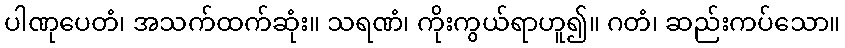
ပါဏုပေတံ၊ အသက်ထက်ဆုံး။ သရဏံ၊ ကိုးကွယ်ရာဟူ၍။ ဂတံ၊ ဆည်းကပ်သော။